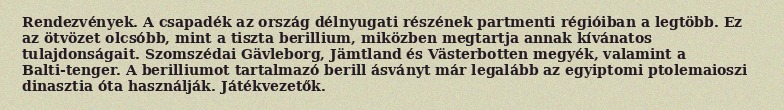
Rendezvények. A csapadék az ország délnyugati részének partmenti régióiban a legtöbb. Ez az ötvözet olcsóbb, mint a tiszta berillium, miközben megtartja annak kívánatos tulajdonságait. Szomszédai Gävleborg, Jämtland és Västerbotten megyék, valamint a Balti-tenger. A berilliumot tartalmazó berill ásványt már legalább az egyiptomi ptolemaioszi dinasztia óta használják. Játékvezetők.